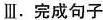
Ⅲ。完成句子